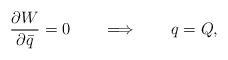
LaTeX: \begin{align*}{\partial W\over \partial \bar{q} }= 0 \qquad\Longrightarrow \qquad q=Q,\end{align*}